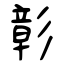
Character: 彰